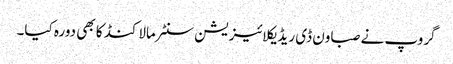
گروپ نے صباون ڈی ریڈیکلائیزیشن سنٹر مالاکنڈ کا بھی دورہ کیا۔